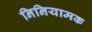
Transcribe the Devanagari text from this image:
निनियामक